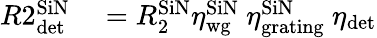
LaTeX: \begin{array}{rl}{R2_{\textrm{det}}^{\textrm{SiN}}}&{{}=R_{2}^{\textrm{SiN}}\eta_{\textrm{wg}}^{\textrm{SiN}}\ \eta_{\textrm{grating}}^{\textrm{SiN}}\ \eta_{\textrm{det}}}\end{array}